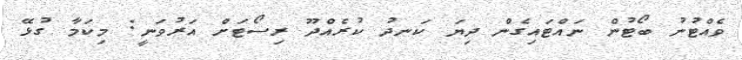
ވެއްޓުނު ބޯޓުން ނައްޓައިގެން ދިޔަ ކަނދު ކުރެއްދޫ ރިސޯޓަށް އަރުވަނީ: މިކަމާ ގުޅޭ